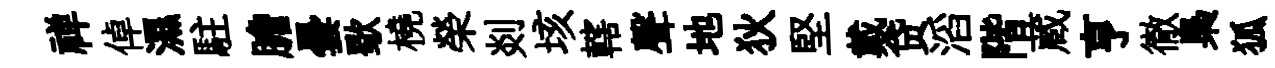
禅倬濕駐膽曇歜橈榮剡垓轄聲地狄堅戴贷滔階蔵亨徹梟狐